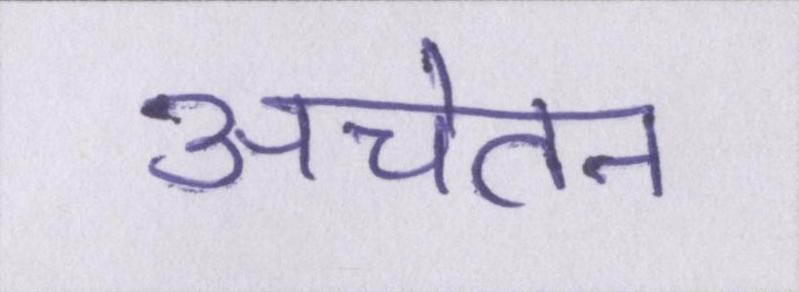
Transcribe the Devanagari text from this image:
अचेतन